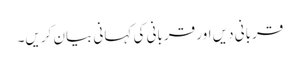
قربانی دیں اور قربانی کی کہانی بیان کریں۔